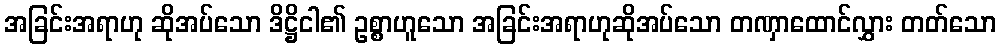
အခြင်းအရာဟု ဆိုအပ်သော ဒိဋ္ဌိငါ၏ ဥစ္စာဟူသော အခြင်းအရာဟုဆိုအပ်သော တဏှာထောင်လွှား တတ်သော